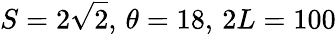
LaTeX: S=2\sqrt{2},\, \theta=18,\, 2L=100